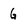
Character: G